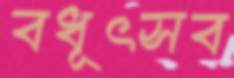
বধূৎসব